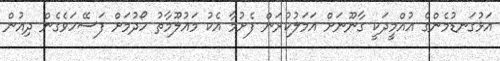
އަޅުގަނޑުމެންގެ އުއްމީދަކީ ގާނޫނަށް އަމަލުކުރަން ފެށުމާ އެކު މައުލޫމާތު ހޯދުމަށް ފަސޭހަވެގެން ދިއުން